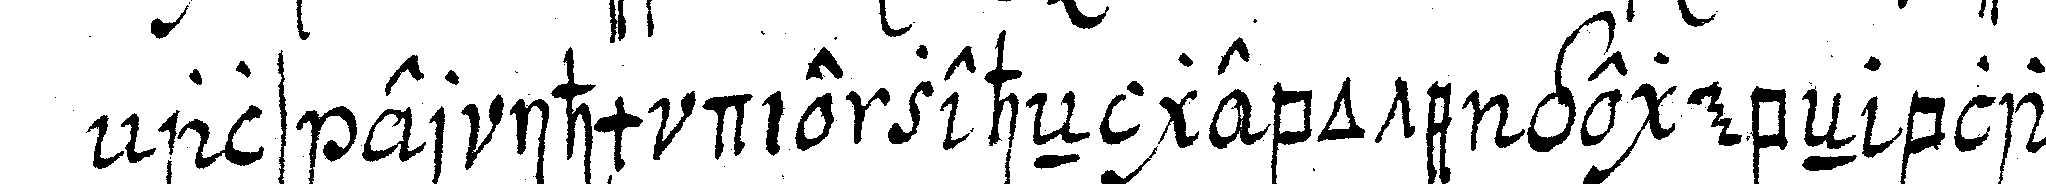
als er ihm die zeheN gebote gegebeN blau